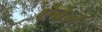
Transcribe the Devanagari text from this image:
ऐबेज़